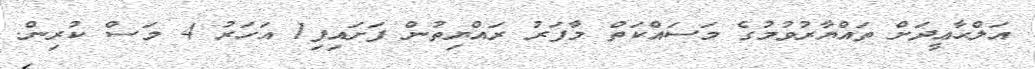
އަލްޙާޢީދަށް ތައްޔާރުވުމުގެ މަސައްކަތް މާފަރު ރައްޔިތުން ފަށައިފި1 އަހަރު 4 މަސް ކުރިން.